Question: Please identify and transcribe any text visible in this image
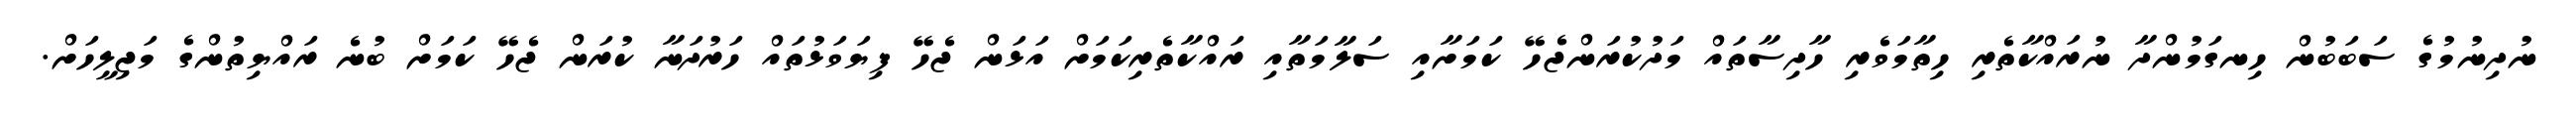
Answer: ނުދިނުމުގެ ސަބަބުން ހިނގަމުންދާ ނުރައްކާތެރި ހިތާމަވެރި ހާދިސާތައް މަދުކުރަންޖެހޭ ކަމަށާއި ސަލާމަތާއި ރައްކާތެރިކަމަށް އަޅަން ޖެހޭ ފިޔަވަޅުތައް ހަރުދަނާ ކުރަން ޖެހޭ ކަމަށް ބުނެ ރައްޔިތުންގެ މަޖިލީހަށް.